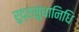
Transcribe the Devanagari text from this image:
रुद्रसुधानिधि